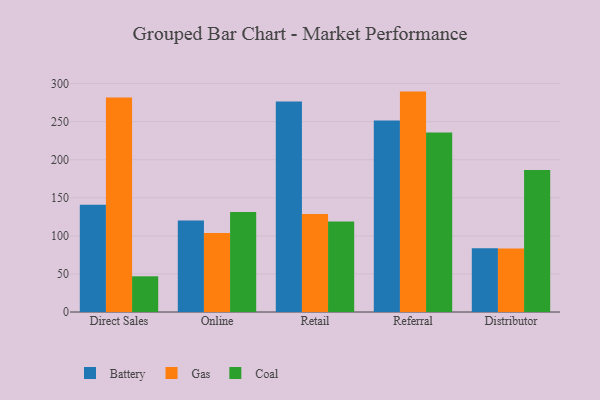
{"axis": {"x": "Channel", "y": "Churn Rate (%)"}, "legend": ["Battery", "Coal", "Gas"], "data": [{"x": "Direct Sales", "y": 141.0, "type": "Battery"}, {"x": "Direct Sales", "y": 281.7, "type": "Gas"}, {"x": "Direct Sales", "y": 46.9, "type": "Coal"}, {"x": "Online", "y": 120.1, "type": "Battery"}, {"x": "Online", "y": 103.8, "type": "Gas"}, {"x": "Online", "y": 131.4, "type": "Coal"}, {"x": "Retail", "y": 276.4, "type": "Battery"}, {"x": "Retail", "y": 128.8, "type": "Gas"}, {"x": "Retail", "y": 118.9, "type": "Coal"}, {"x": "Referral", "y": 251.5, "type": "Battery"}, {"x": "Referral", "y": 289.5, "type": "Gas"}, {"x": "Referral", "y": 235.9, "type": "Coal"}, {"x": "Distributor", "y": 83.8, "type": "Battery"}, {"x": "Distributor", "y": 83.5, "type": "Gas"}, {"x": "Distributor", "y": 186.6, "type": "Coal"}]}